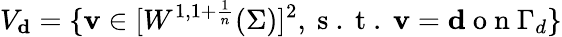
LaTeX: V_{\mathbf{d}}=\{ \mathbf v\in[W^{1,1+\frac{1}{n}}(\Sigma)]^{2},\mathrm{~s~.~t~.~}\mathbf v=\mathbf{d}\mathrm{~o~n~}\Gamma_{d}\}